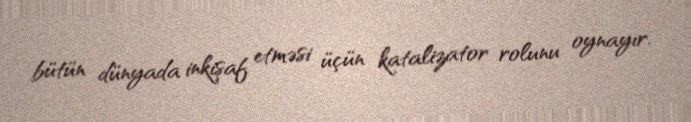
bütün dünyada inkişaf etməsi üçün katalizator rolunu oynayır.